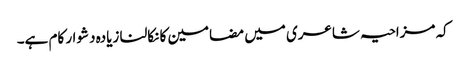
کہ مزاحیہ شاعری میں مضامین کا نکالنا زیادہ دشوار کام ہے۔